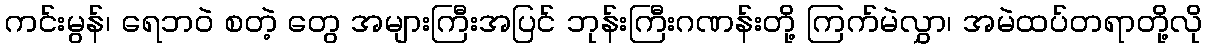
ကင်းမွန်၊ ရေဘဝဲ စတဲ့ တွေ အများကြီးအပြင် ဘုန်းကြီးဂဏန်းတို့ ကြက်မဲလွှာ၊ အမဲထပ်တရာတို့လို